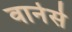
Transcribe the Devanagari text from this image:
वार्नर्स